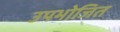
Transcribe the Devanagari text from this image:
उपभोजित